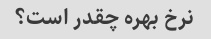
نرخ بهره چقدر است؟